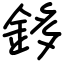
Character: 鉹